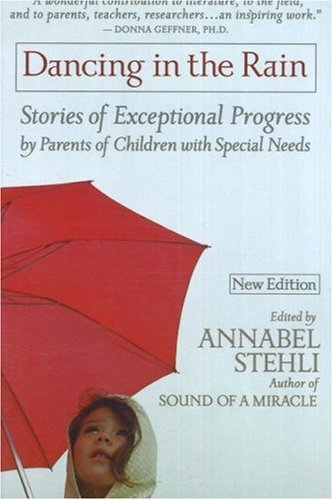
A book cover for Dancing in the Rain: Stories of Exceptional Progress by Parents of Children with Special Needs; Annabel Stehli; Health, Fitness & Dieting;